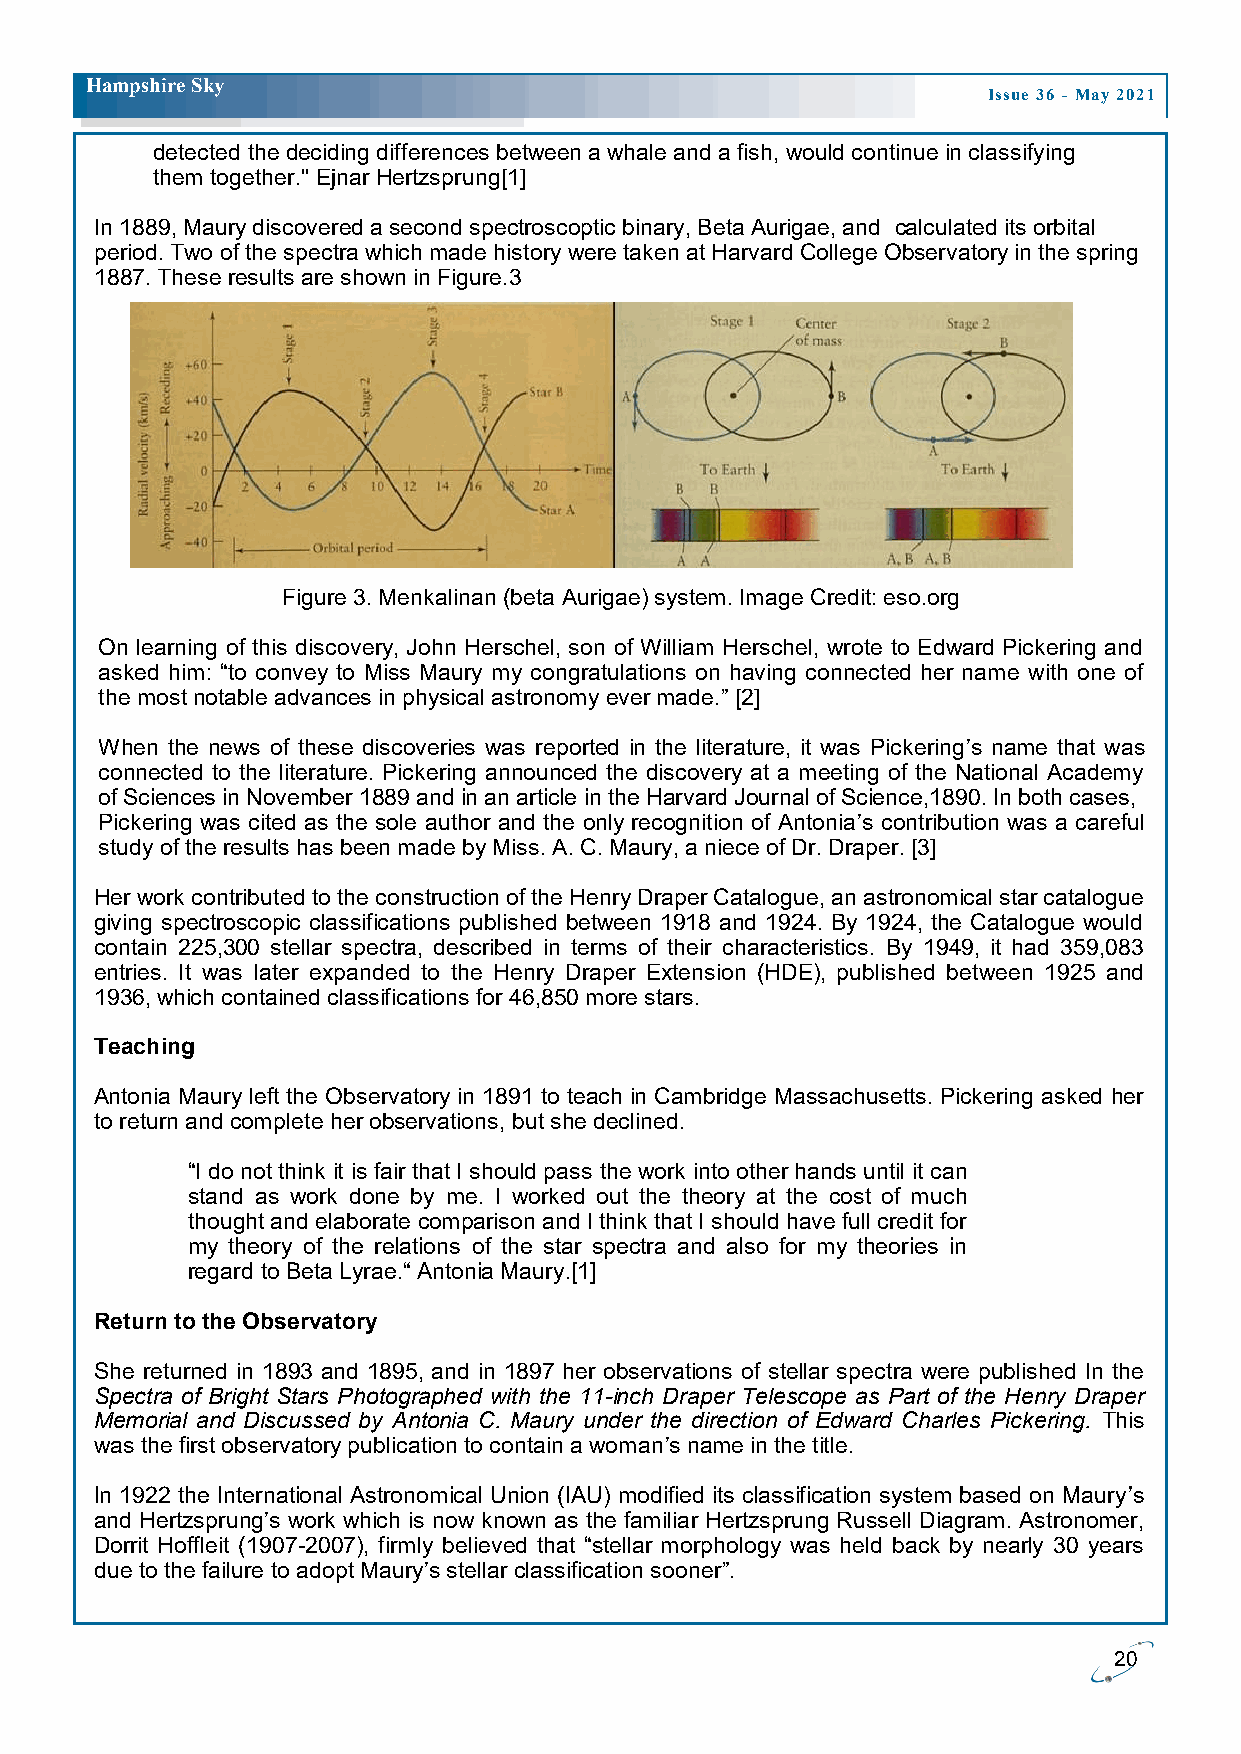
H ampshire Sky
 Issue 36 - May 2021
 detected the deciding differences between a whale and a fish, would continue in classifying
 them together." Ejnar Hertzsprung[1]
 In 1889, Maury discovered a second spectroscoptic binary, Beta Aurigae, and calculated its orbital
 period. Two of the spectra which made history were taken at Harvard College Observatory in the spring
 1887. These results are shown in Figure.3
 Figure 3. Menkalinan (beta Aurigae) system. Image Credit: eso.org
 On learning of this discovery, John Herschel, son of William Herschel, wrote to Edward Pickering and
 asked him: “to convey to Miss Maury my congratulations on having connected her name with one of
 the most notable advances in physical astronomy ever made.” [2]
 When the news of these discoveries was reported in the literature, it was Pickering’s name that was
 connected to the literature. Pickering announced the discovery at a meeting of the National Academy
 of Sciences in November 1889 and in an article in the Harvard Journal of Science,1890. In both cases,
 Pickering was cited as the sole author and the only recognition of Antonia’s contribution was a careful
 study of the results has been made by Miss. A. C. Maury, a niece of Dr. Draper. [3]
 Her work contributed to the construction of the Henry Draper Catalogue, an astronomical star catalogue
 giving spectroscopic classifications published between 1918 and 1924. By 1924, the Catalogue would
 contain 225,300 stellar spectra, described in terms of their characteristics. By 1949, it had 359,083
 entries. It was later expanded to the Henry Draper Extension (HDE), published between 1925 and
 1936, which contained classifications for 46,850 more stars.
 Teaching
 Antonia Maury left the Observatory in 1891 to teach in Cambridge Massachusetts. Pickering asked her
 to return and complete her observations, but she declined.
 “I do not think it is fair that I should pass the work into other hands until it can
 stand as work done by me. I worked out the theory at the cost of much
 thought and elaborate comparison and I think that I should have full credit for
 my theory of the relations of the star spectra and also for my theories in
 regard to Beta Lyrae.“ Antonia Maury.[1]
 Return to the Observatory
 She returned in 1893 and 1895, and in 1897 her observations of stellar spectra were published In the
 Spectra of Bright Stars Photographed with the 11-inch Draper Telescope as Part of the Henry Draper
 Memorial and Discussed by Antonia C. Maury under the direction of Edward Charles Pickering. This
 was the first observatory publication to contain a woman’s name in the title.
 In 1922 the International Astronomical Union (IAU) modified its classification system based on Maury’s
 and Hertzsprung’s work which is now known as the familiar Hertzsprung Russell Diagram. Astronomer,
 Dorrit Hoffleit (1907-2007), firmly believed that “stellar morphology was held back by nearly 30 years
 due to the failure to adopt Maury’s stellar classification sooner”.
 20